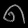
Digit: ၈